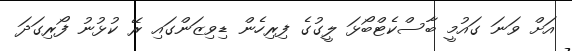
އަށް ވަނަ ގައުމީ ބާސްކެޓްބޯޅަ ލީގުގެ ފިރިހެން ޑިވިޒަންގައި ރޭ ކުޅުނު ފޯރިގަދަ